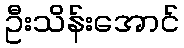
ဦးသိန်းအောင်